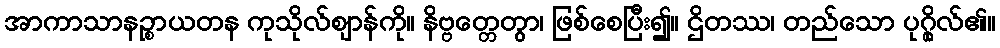
အာကာသာနဉ္စာယတန ကုသိုလ်ဈာန်ကို။ နိဗ္ဗတ္တေတွာ၊ ဖြစ်စေပြီး၍။ ဌိတဿ၊ တည်သော ပုဂ္ဂိုလ်၏။